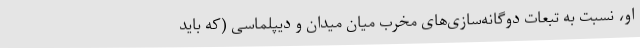
او، نسبت به تبعات دوگانه‌سازی‌های مخرب میان میدان و دیپلماسی (که باید